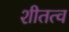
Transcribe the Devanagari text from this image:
शीतत्व